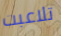
تلاعبت